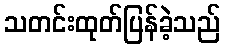
သတင်းထုတ်ပြန်ခဲ့သည်